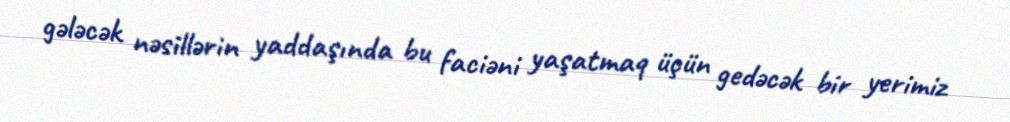
gələcək nəsillərin yaddaşında bu faciəni yaşatmaq üçün gedəcək bir yerimiz